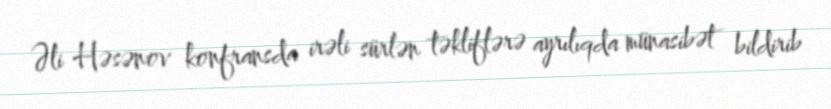
Əli Həsənov konfransda irəli sürlən təkliflərə ayrılıqda münasibət bildirib